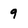
Character: 9